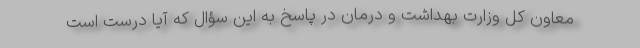
معاون کل وزارت بهداشت و درمان در پاسخ به این سؤال که آیا درست است